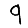
Digit: 9